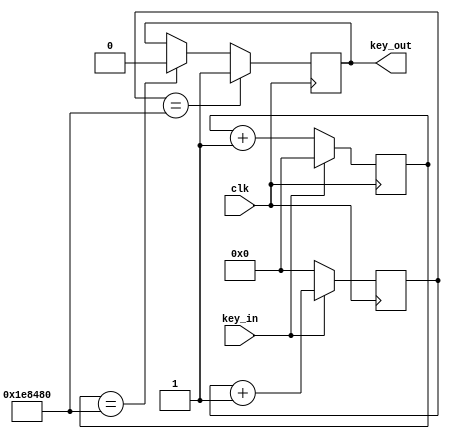
module xd(key_in,clk,key_out
    );
input clk;
input key_in;
output key_out;

reg [25:0] count_low;
reg [25:0] count_high;
reg key_out_reg;

parameter SAMPLE_TIME = 2000000;

always @(posedge clk)
    if(key_in == 1'b0)
        count_low <= count_low + 1;
    else 
        count_low <= 0;
always @(posedge clk)
    if(key_in == 1'b1)
        count_high <= count_high + 1;
    else
        count_high <= 0;
always @(posedge clk)
    if(count_high == SAMPLE_TIME)
        key_out_reg <= 1;
    else if(count_low == SAMPLE_TIME)
        key_out_reg <= 0;

assign key_out = key_out_reg;
endmodule